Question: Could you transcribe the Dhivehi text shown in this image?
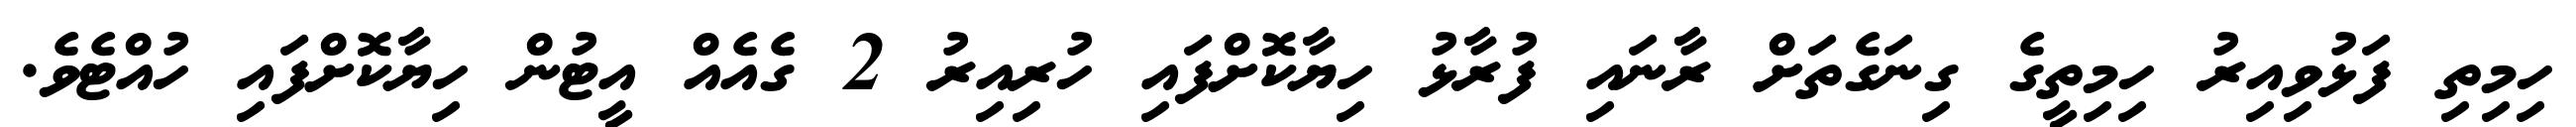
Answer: ހިމިތި ފަޅުވިއިރު ހިމިތީގެ ގިނަގެތަށް ރާނައި ފުރާޅު ހިޔާކޮށްފައި ހުރިއިރު 2 ގެއެއް އީޓުން ހިޔާކޮށްފައި ހުއްޓެވެ.